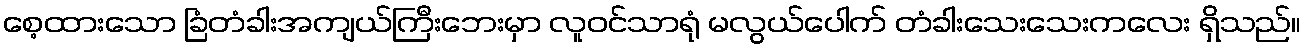
စေ့ထားသော ခြံတံခါးအကျယ်ကြီးဘေးမှာ လူဝင်သာရုံ မလွယ်ပေါက် တံခါးသေးသေးကလေး ရှိသည်။